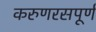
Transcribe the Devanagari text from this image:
करुणरसपूर्ण